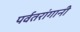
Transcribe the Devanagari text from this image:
पर्वतरांगानी